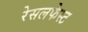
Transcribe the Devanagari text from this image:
रेसलफेस्ट